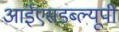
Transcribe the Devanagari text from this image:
आईएसडब्ल्यूपी